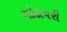
ગોદાવરી